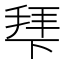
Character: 𭡍